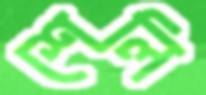
শেলি